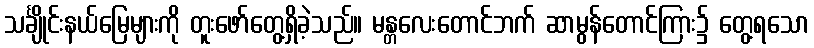
သင်္ချိုင်းနယ်မြေများကို တူးဖော်တွေ့ရှိခဲ့သည်။ မန္တလေးတောင်ဘက် ဆာမွန်တောင်ကြား၌ တွေ့ရသော